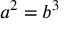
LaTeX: a ^ { 2 } = b ^ { 3 }